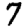
Digit: 7